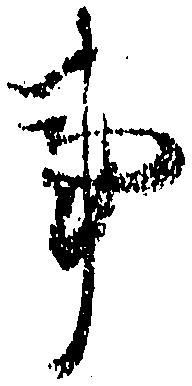
事